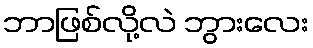
ဘာဖြစ်လို့လဲ ဘွားလေး